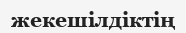
жекешілдіктің